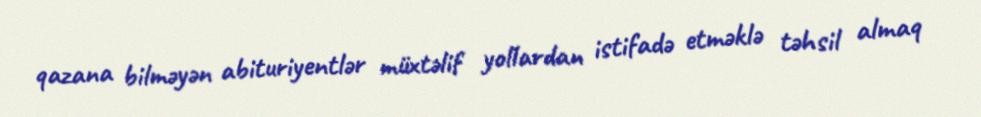
qazana bilməyən abituriyentlər müxtəlif yollardan istifadə etməklə təhsil almaq